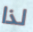
لذا